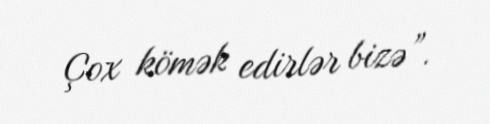
Çox kömək edirlər bizə”.